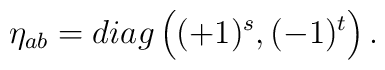
\eta_{ab}=diag\left((+1)^{s},(-1)^{t}\right).